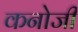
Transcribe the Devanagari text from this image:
कनोजी